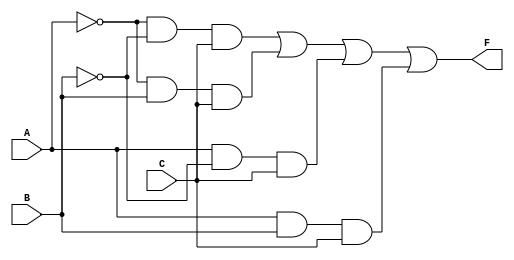
module kmap_3var (
    input wire A,  // Input variable A
    input wire B,  // Input variable B
    input wire C,  // Input variable C
    output wire F  // Output F
);

// Internal signals for the minterms
wire m0, m1, m2, m3, m4, m5, m6, m7;

// Define the minterms based on the K-map
assign m0 = ~A & ~B & ~C; // A'B'C'
assign m1 = ~A & ~B & C;  // A'B'C
assign m2 = ~A & B & ~C;   // A'BC'
assign m3 = ~A & B & C;    // A'BC
assign m4 = A & ~B & ~C;    // AB'C'
assign m5 = A & ~B & C;     // AB'C
assign m6 = A & B & ~C;     // ABC'
assign m7 = A & B & C;      // ABC

// Combine the minterms to form the output F
assign F = m1 | m3 | m5 | m7; // F = A'B'C + A'BC + AB'C + ABC

endmodule